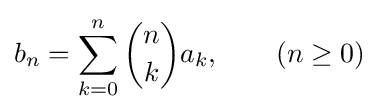
b_{n}=\sum _{k=0}^{n}{n \choose k}a_{k},\qquad (n\geq 0)